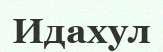
Идахул